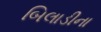
બિલાડીના